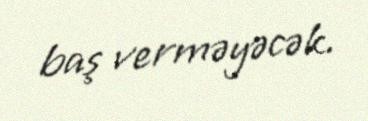
baş verməyəcək.